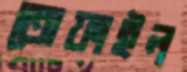
তোফাইল